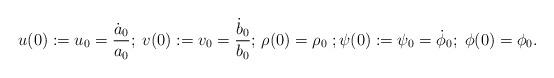
LaTeX: \begin{align*}u(0):=u_{0}=\dfrac{\dot{a}_{0}}{a_{0}}; \;v(0):=v_{0}=\dfrac{\dot{b}_{0}}{b_{0}};\, \rho(0)=\rho_{0} \; ;\psi(0):=\psi_{0}=\dot{\phi}_{0}; \; \phi(0)=\phi_{0}.\end{align*}